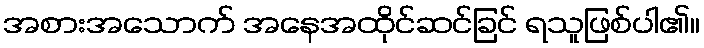
အစားအသောက် အနေအထိုင်ဆင်ခြင် ရသူဖြစ်ပါ၏။